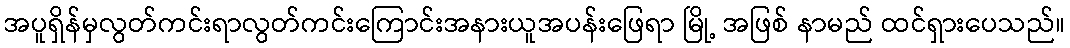
အပူရှိန်မှလွတ်ကင်းရာလွတ်ကင်းကြောင်းအနားယူအပန်းဖြေရာ မြို့ အဖြစ် နာမည် ထင်ရှားပေသည်။